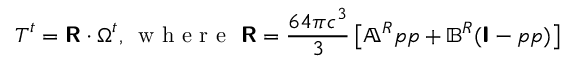
\boldsymbol { T } ^ { t } = \boldsymbol { \mathsf { R } } \cdot \boldsymbol { \Omega } ^ { t } , \, \mathrm { ~ w ~ h ~ e ~ r ~ e ~ \ } \boldsymbol { \mathsf { R } } = \frac { 6 4 \pi c ^ { 3 } } { 3 } \left[ \mathbb { A } ^ { R } \boldsymbol { p p } + \mathbb { B } ^ { R } ( \boldsymbol { \mathsf { I } } - \boldsymbol { p p } ) \right]